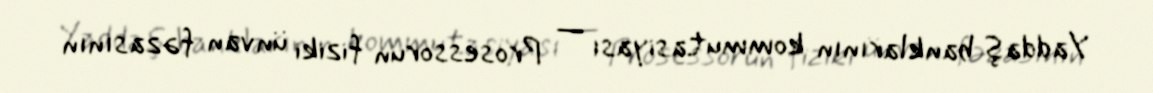
Yaddaş banklarının kommutasiyası — Prosessorun fiziki ünvan fəzasının